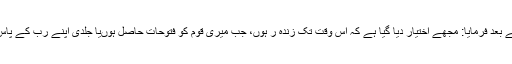
دعا کرنے کے بعد فرمایا: مجھے اختیار دیا گیا ہے کہ اس وقت تک زندہ ر ہوں، جب میری قوم کو فتوحات حاصل ہوںیا جلدی اپنے رب کے پاس بلا لیا جاؤں۔